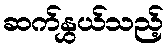
ဆက်နွှယ်သည့်